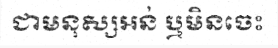
ជាមនុស្សអន់ ឬមិនចេះ